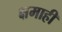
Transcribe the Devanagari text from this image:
क्षमाही